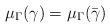
\begin{align*}\mu_\Gamma(\gamma) = \mu_\Gamma(\bar \gamma)\end{align*}